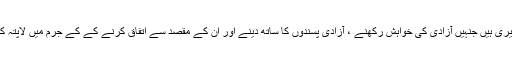
یہ وہ کشمیری ہیں جنہیں آزادی کی خواہش رکھنے ، آزادی پسندوں کا ساتھ دینے اور ان کے مقصد سے اتفاق کرنے کے کے جرم میں لاپتہ کر دیا گیا ۔